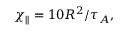
\chi _ { \parallel } = 1 0 R ^ { 2 } / \tau _ { A } ,